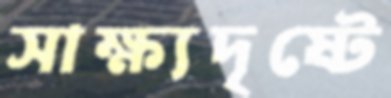
সাক্ষ্যদৃষ্টে